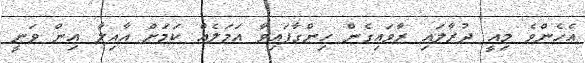
އެހެންވެ މިއީ ދުރާލައި ރާވައިގެން ހިންގާފައިވާ އަމަލެއް ކަމަށް އާއިލާ އިން ވަނީ